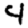
Digit: 4